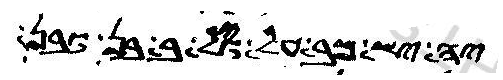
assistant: יהוה אלהך כל עבד אלין אן